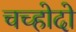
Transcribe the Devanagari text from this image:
चच्होदो